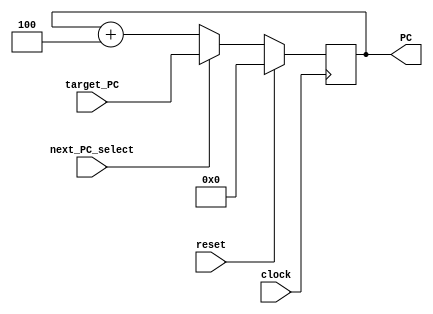
// Name: Chukwuemeka Opara, Donovan Jones
// BU ID: U48395858, U35079015
// EC413 Project: Fetch Module

module fetch #(
  parameter ADDRESS_BITS = 16
) (
  input  clock,
  input  reset,
  input  next_PC_select,
  input  [ADDRESS_BITS-1:0] target_PC,
  output [ADDRESS_BITS-1:0] PC
);

reg [ADDRESS_BITS-1:0] PC_reg;

assign PC = PC_reg;

/******************************************************************************
*                      Start Your Code Here
******************************************************************************/
always @(posedge clock) begin
	if (reset) begin
		PC_reg=0;
	end else if (next_PC_select==1) begin
		PC_reg=target_PC;
	end else begin
		PC_reg=PC+4;
	end
end
endmodule